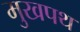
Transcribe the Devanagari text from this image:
मुखपथ